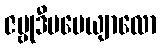
ဇမ္ဗုဒီပပေယျာလော